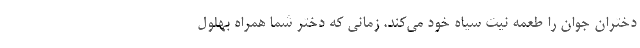
دختران جوان را طعمه نیت سیاه خود می‌کند. زمانی که دختر شما همراه بهلول